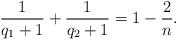
LaTeX: \begin{align*} \frac{1}{q_1+1}+\frac{1}{q_2+1}=1-\frac{2}{n}.\end{align*}